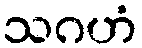
သဂဟံ